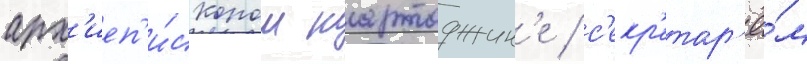
арх'иеп'и́скопом картаджин'е / с'екр'етар'ё́м